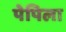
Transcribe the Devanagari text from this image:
पेपिला